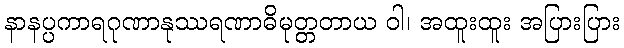
နာနပ္ပကာရဂုဏာနုဿရဏာဓိမုတ္တတာယ ဝါ၊ အထူးထူး အပြားပြား